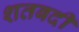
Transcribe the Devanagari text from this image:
शतबदी